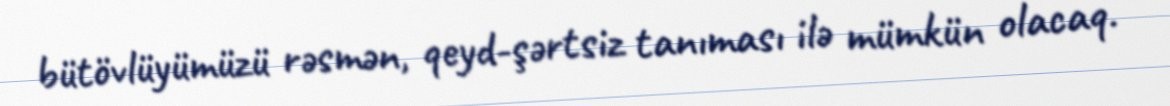
bütövlüyümüzü rəsmən, qeyd-şərtsiz tanıması ilə mümkün olacaq.